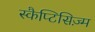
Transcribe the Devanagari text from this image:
स्कैप्टिसिज़्म